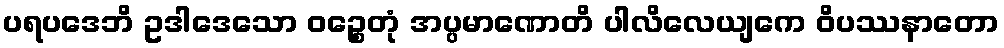
ပရပဒေဘိ ဥဒါဒေသော ဝဉ္စေတုံ အပ္ပမာဏောတိ ပါလိလေယျကေ ဝိပဿနာတော